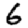
Digit: 6